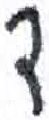
אות: ד